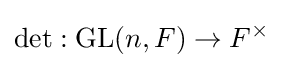
\det :\operatorname {GL} (n,F)\to F^{\times }